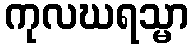
ကုလဃရသ္မာ